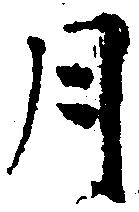
月